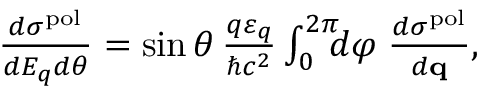
\begin{array} { r } { \frac { d \sigma ^ { \mathrm { p o l } } } { d E _ { q } d \theta } = \sin \theta \, \frac { q \varepsilon _ { q } } { \hbar c ^ { 2 } } \int _ { 0 } ^ { 2 \pi } \! \! \! d \varphi \; \frac { d \sigma ^ { \mathrm { p o l } } } { d { \bf q } } , } \end{array}